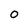
Character: 0